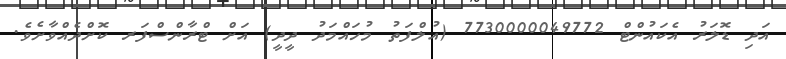
އަދި ޑޮލަރު އެކައުންޓް 7730000049772 (އުލްފަތު މުހައްމަދު ދީދީ) އަށް ޓްރާންސްފަރ ކޮށްދެއްވާށެވެ.